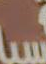
سبا